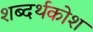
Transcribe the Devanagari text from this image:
शब्दर्थकोश